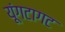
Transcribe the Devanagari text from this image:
यूंगटागट